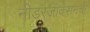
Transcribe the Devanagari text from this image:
नीडरजाक्सनची